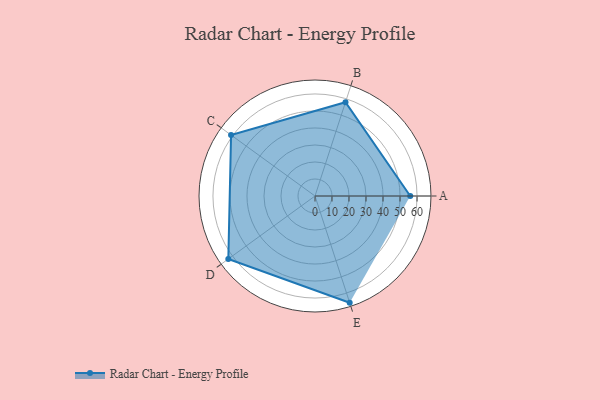
{"axis": {"x": "Skill", "y": "Score"}, "legend": ["Profile"], "data": [{"x": "A", "y": 56.0, "type": "Profile"}, {"x": "B", "y": 58.0, "type": "Profile"}, {"x": "C", "y": 61.0, "type": "Profile"}, {"x": "D", "y": 63.0, "type": "Profile"}, {"x": "E", "y": 66.0, "type": "Profile"}]}